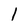
Character: l